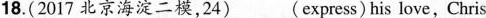
18.(2017 北京海淀二模,24)___(express) his love,Chris